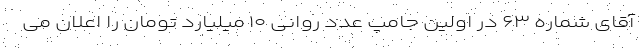
آقای شماره ۶۳ در اولین جامپ عدد روانی ۱۰ میلیارد تومان را اعلان می